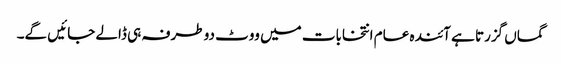
گماں گزرتا ہے آئندہ عام انتخابات میں ووٹ دو طرفہ ہی ڈالے جائیں گے۔